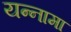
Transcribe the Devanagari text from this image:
यन्‍नामा